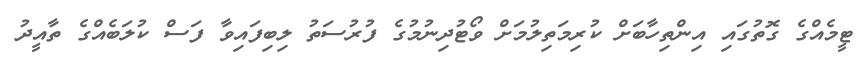
ޓީމެއްގެ ގޮތުގައި އިންތިހާބަށް ކުރިމަތިލުމަށް ވޯޓުދިނުމުގެ ފުރުސަތު ލިބިފައިވާ ފަސް ކުލަބެއްގެ ތާއީދު